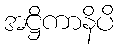
အဋ္ဌိကာနိပိ